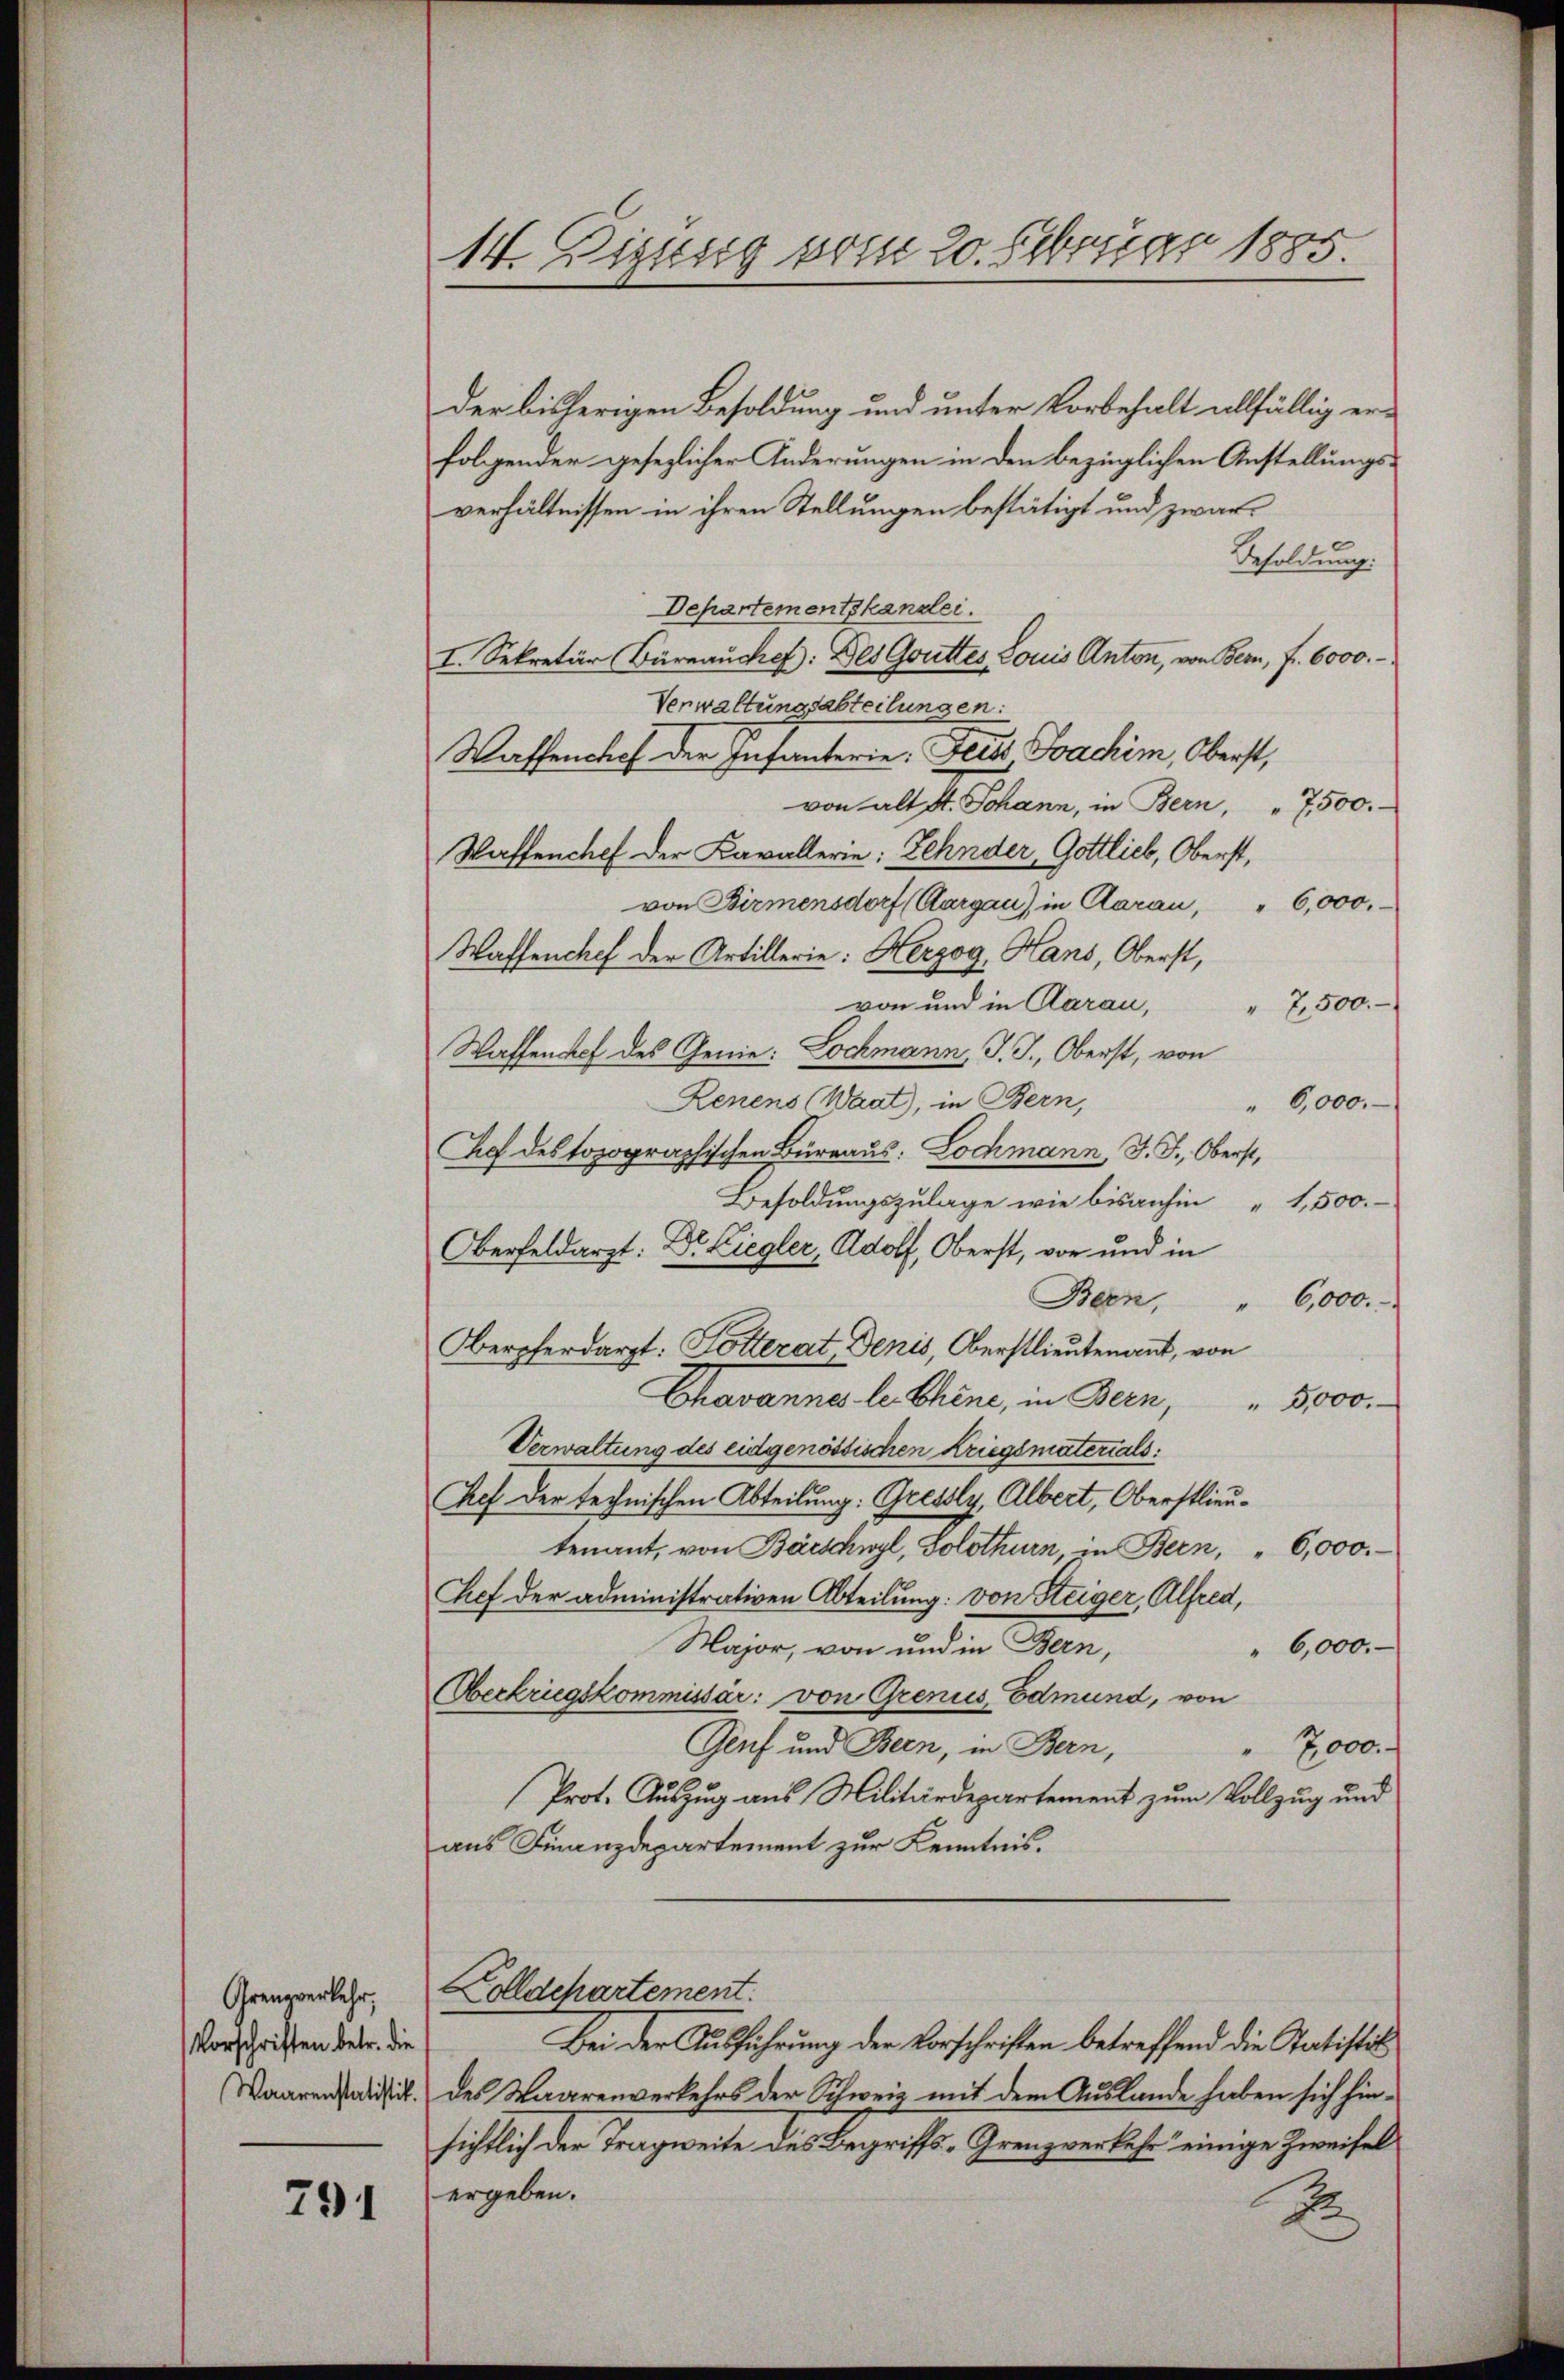
Grenzverkehr,
Vorschriften betr. die
Waarenstatistik.

791

14. Eizung vom 20. Februar 1885.

der bisherigen Besoldung und unter Vorbehalt allfällig er-
folgender gesezlicher Änderungen in den bezüglichen Anstellungsverhältnissen in ihren Stellungen bestätigt und zwar
Besoldung.
Departementskanzlei.
I. Sekretär Büreauchef. Des Gottes Louis Anton, von Bern, f. 6000.-
Verwaltungsabteilungen:
Waffenshof der Infanterie, Feld Joachim, Oberst,
von alt St. Johann, in Bern, " 7500.-
Waffenchef der Kavallerie: Zehnder, Gottlieb, Oberst,
von Birmensdorf (Aargau) in Claran, " 6,000.
Waffenchef der Artillerie: Herzog, Hans, Oberst,
von und in Aarau, " 7,500.
Waffenhef des Genie: Lochmann, J. J., Oberst, von
Zenens (Waat), in Bern,
"6,000.
Cef des topographischen Büreaus: Lochmann, J. J., Oberst,
Besoldungszulage wie bisanhin 1,500.
Oberfeldarzt: Dr. Liegler, Adolf, Oberst, von und in
Bern, " 6,000.
Oberpherdarzt: Totterat Denis, Oberstlieutenannt, von
Chavannes le Chine, in Bern, " 5000.-
Verwaltung des eidgenössischen Kriegsmaterials:
hef der technischen Abteilung: Gressly, Albert, Oberstlieutenant, von Barschwyl, Solothurn, in Bern, " 6,000.
hef der administrativen Abteilung: von Steiger, Alfred,
Major, von und in Bern,
6,000.
Oberkriegskommissär: von Grenus, Edmund, von
Genf und Bern, in Bern,
7,000.
Prot. Auszug aus Militärdepartement zum Vollzug und
aus Finanzdepartement zur Kenntnis.
Kolldchartement.
Bei der Ausführung der Vorschriften betreffend die Statistik
des Waarenverkehrs der Schweiz mit dem Auslande haben sich hinsichtlich der Tragweite des Begriffs-Grenzverkehr einige Zweifel
ergeben:
E